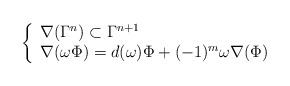
LaTeX: \begin{align*} \left\{\begin{array}{l}\nabla(\Gamma^n)\subset \Gamma^{n+1}\\\nabla(\omega\Phi)=d(\omega)\Phi+(-1)^m\omega\nabla(\Phi)\end{array}\right.\end{align*}